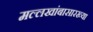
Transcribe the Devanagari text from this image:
मल्लखांबासारख्या